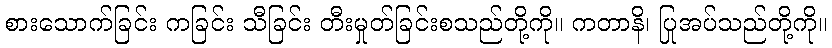
စားသောက်ခြင်း ကခြင်း သီခြင်း တီးမှုတ်ခြင်းစသည်တို့ကို။ ကတာနိ၊ ပြုအပ်သည်တို့ကို။